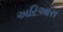
અરિઆસ